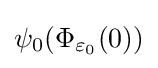
\psi _{0}(\Phi _{\varepsilon _{0}}(0))